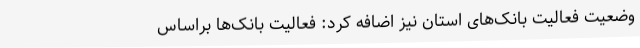
وضعیت فعالیت بانک‌های استان نیز اضافه کرد: فعالیت بانک‌ها براساس